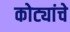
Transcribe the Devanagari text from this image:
कोट्यांचे